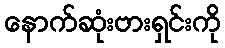
နောက်ဆုံးဗားရှင်းကို